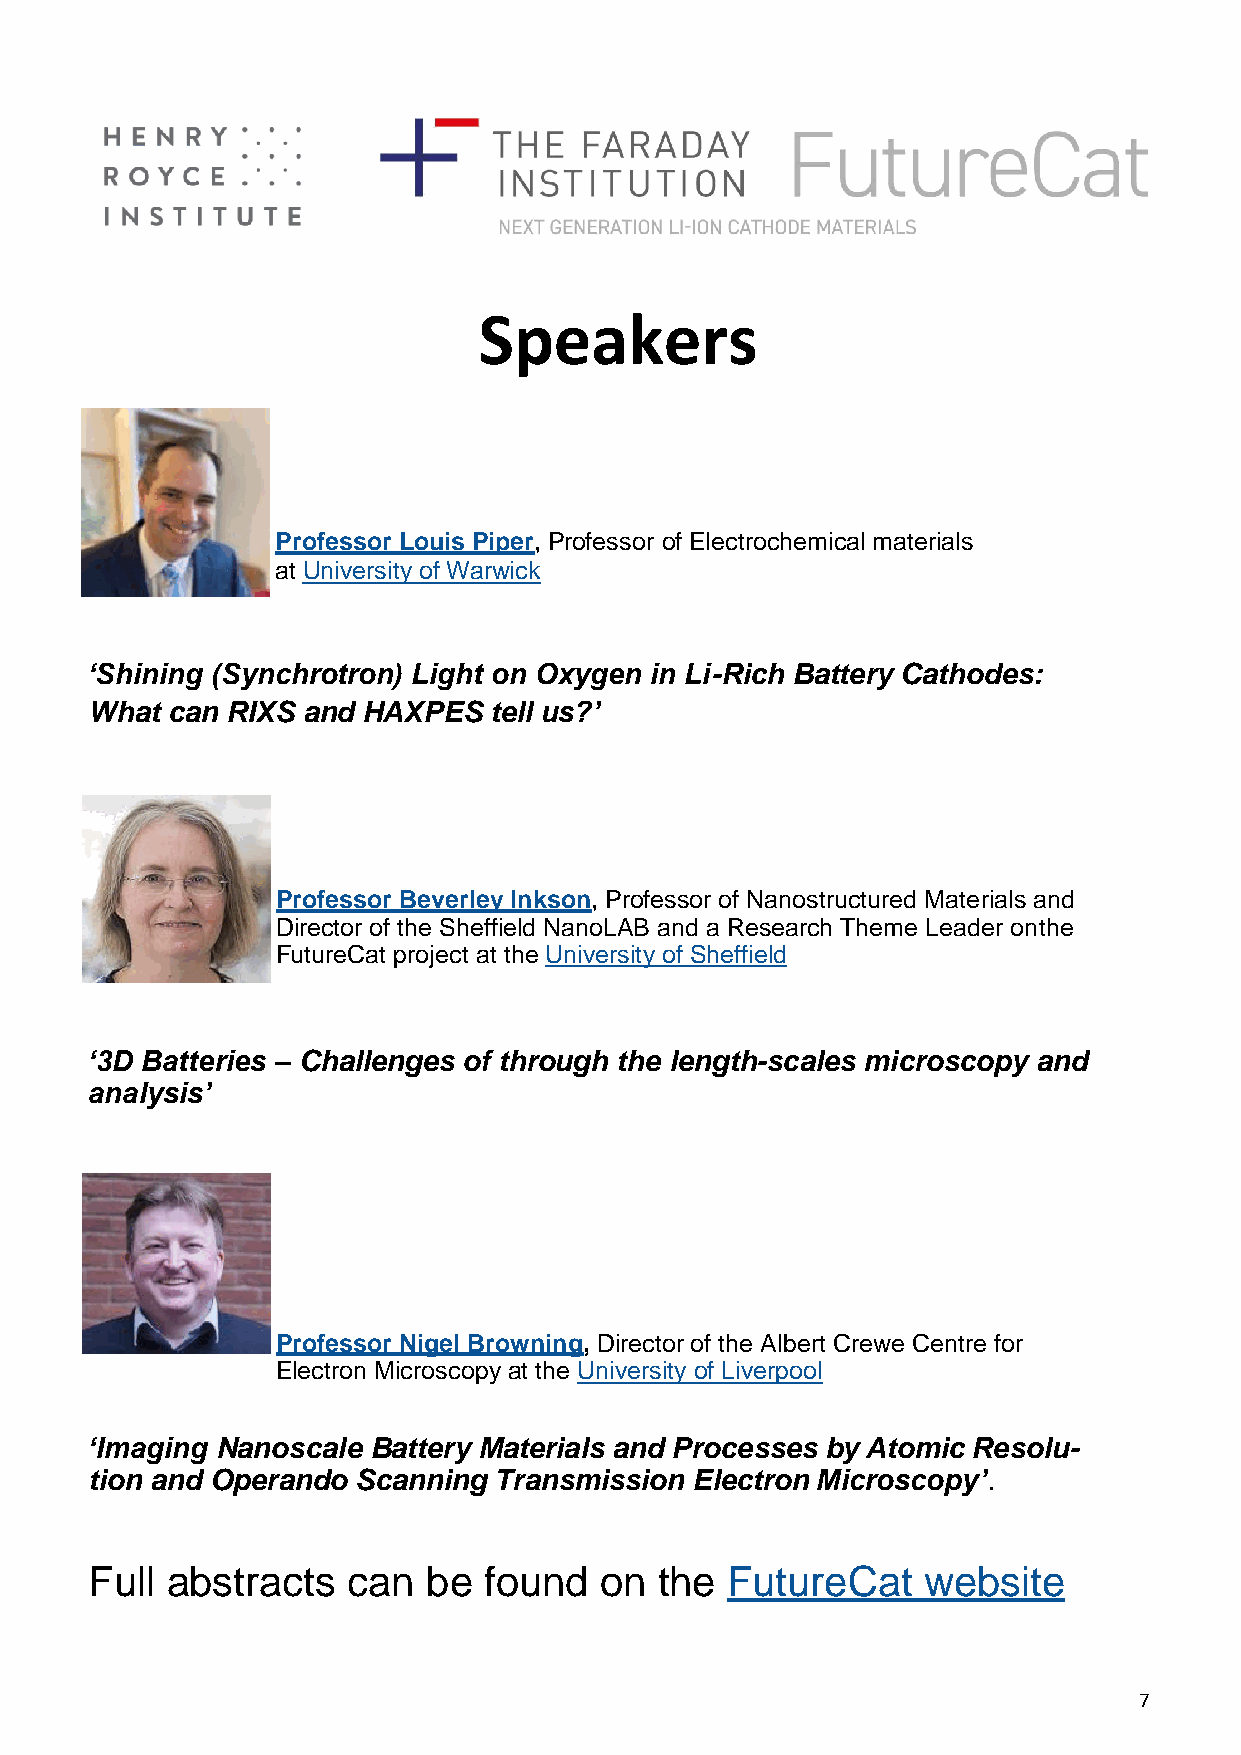
Speakers
 Professor Louis Piper, Professor of Electrochemical materials
 at University of Warwick
 ‘Shining (Synchrotron) Light on Oxygen in Li-Rich Battery Cathodes:
 What can RIXS and HAXPES  tell us?’
 Professor Beverley Inkson, Professor of Nanostructured Materials and
 Director of the Sheffield NanoLAB and a Research Theme Leader on the
 FutureCat project at the University of Sheffield
 ‘3D Batteries – Challenges of through the length-scales microscopy and
 analysis’
 Professor Nigel Browning, Director of the Albert Crewe Centre for
 Electron Microscopy at the University of Liverpool
 ‘Imaging Nanoscale Battery Materials and Processes by Atomic Resolu-
 tion and Operando Scanning Transmission Electron Microscopy’.
 Full abstracts   can  be  found   on  the FutureCat    website
 7